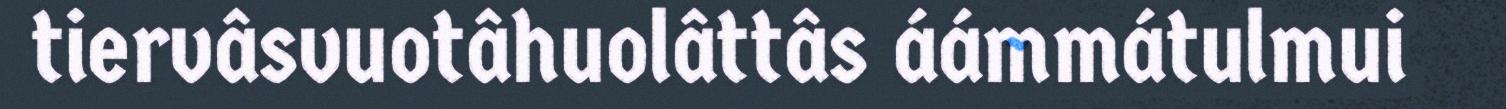
tiervâsvuotâhuolâttâs áámmátulmui